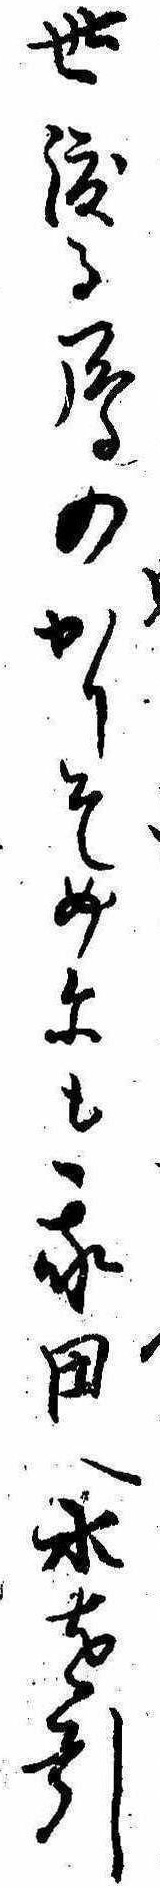
世渡る雁のかりそめにも我田へ水を引